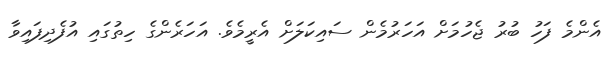
އެންމެ ފަހު ބުރު ޖެހުމަށް އަހަރުމެން ސައިކަލަށް އެރީމެވެ. އަހަރެންގެ ހިތުގައި އުފެދިފައިވާ